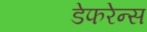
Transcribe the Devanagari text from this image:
डेफरेन्स